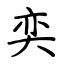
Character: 奕